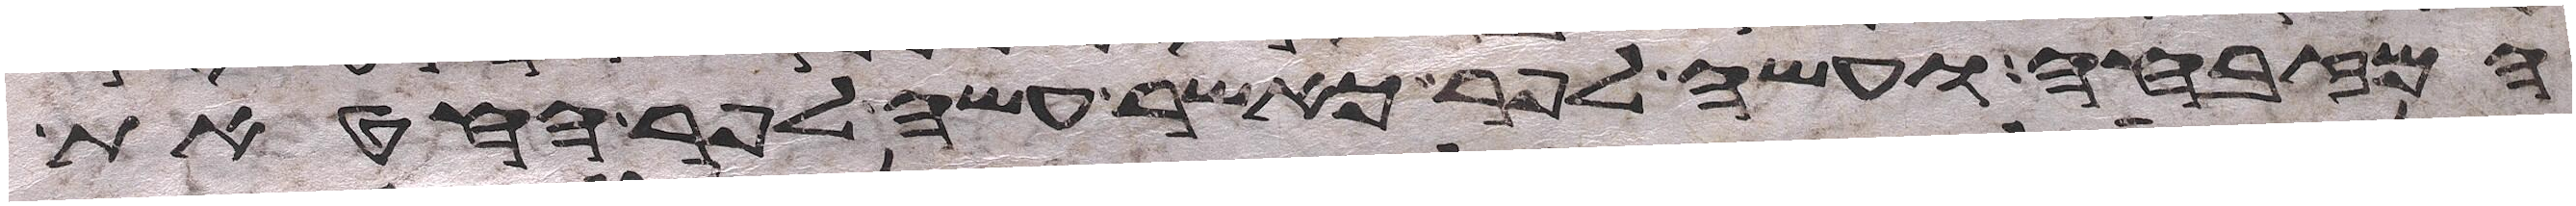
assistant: המזבחה ועשה לפר כאשר עשה לפר החטאת